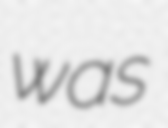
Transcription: was